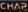
CHAP